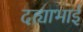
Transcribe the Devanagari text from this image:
दह्याभाई